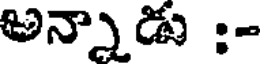
అన్నాడు :-